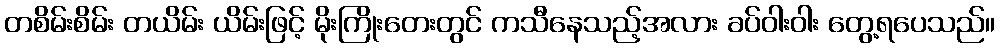
တစိမ်းစိမ်း တယိမ်း ယိမ်းဖြင့် မိုးကြိုးတေးတွင် ကသီနေသည့်အလား ခပ်ဝါးဝါး တွေ့ရပေသည်။